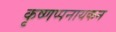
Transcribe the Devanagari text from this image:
कृष्णप्पनायकन